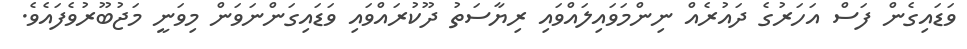
ވަޑައިގެން ފަސް އަހަރުގެ ދައުރެއް ނިންމަވައިލައްވައި ރިޔާސަތު ދޫކުރައްވައި ވަޑައިގަންނަވަން މިވަނީ މަޖުބޫރުވެފައެވެ.